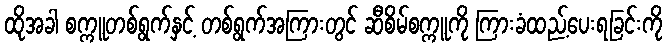
ထိုအခါ စက္ကူတစ်ရွက်နှင့် တစ်ရွက်အကြားတွင် ဆီစိမ်စက္ကူကို ကြားခံထည့်ပေးရခြင်းကို